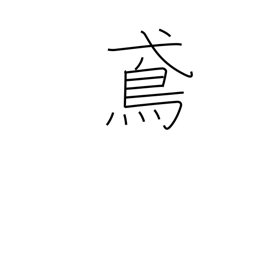
Meaning: black kite